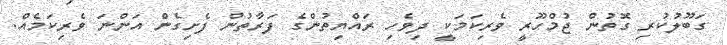
ގަބޫލުކުރި ގޮތުން ޖުމްހޫރީ ވެރިކަމަކީ ދިވެހި ރައްޔިތުންގެ ފަރާތުން ފެށިގެން އަންނަ ވެރިކަމެއް.